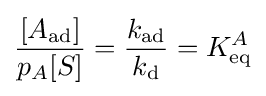
{\frac {[A_{\text{ad}}]}{p_{A}[S]}}={\frac {k_{\text{ad}}}{k_{\text{d}}}}=K_{\text{eq}}^{A}